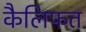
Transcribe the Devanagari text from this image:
कैलिफत